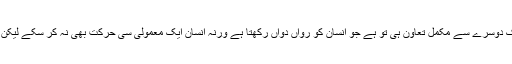
سر سے لے کر پاؤں تک ہر عضوء کا ایک دوسرے سے قریبی تعلق اور ایک دوسرے سے مکمل تعاون ہی تو ہے جو انسان کو رواں دواں رکھتا ہے ورنہ انسان ایک معمولی سی حرکت بھی نہ کر سکے لیکن بات وہیں آ جاتی ہے کہ اسے سمجھنے کیلئے اہتمام اور سعی ضروری ہیں ۔